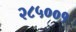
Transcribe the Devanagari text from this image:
२८५००१